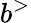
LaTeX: b^{>}